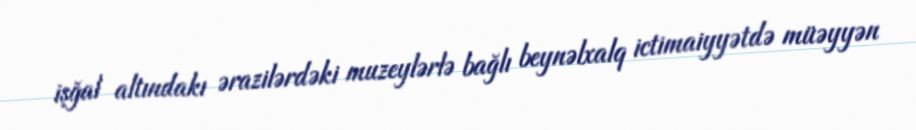
işğal altındakı ərazilərdəki muzeylərlə bağlı beynəlxalq ictimaiyyətdə müəyyən